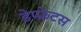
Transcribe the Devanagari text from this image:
डेप्फ्रेटस